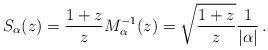
LaTeX: \begin{align*} S_\alpha(z) = \frac{1+z}{z} M_\alpha^{-1}(z)= \sqrt{\frac{1+z}{z}} \frac{1}{|\alpha|} \,.\end{align*}